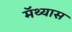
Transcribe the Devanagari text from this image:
मॅथ्यास